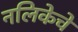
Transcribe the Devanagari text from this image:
नलिकेचे